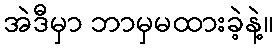
အဲဒီမှာ ဘာမှမထားခဲ့နဲ့။